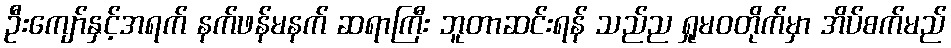
ဦးကျော်နှင့်အရက် နက်ဖန်မနက် ဆရာကြီး ဘူတာဆင်းရန် သည်ည ရှုမဝတိုက်မှာ အိပ်စက်မည်